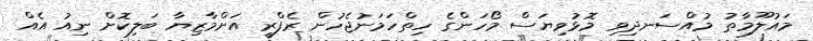
މައުލޫމާތު މުއްސަނދިވި މޮޅުވިޔަސް މޯހަންގެ ހިތްހަމަނުޖެހުން ރެފްރީ އަށްމާޒިޔާ ބަލިކޮށް ނިއު އެއް